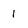
Character: 1